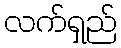
လက်ရှည်